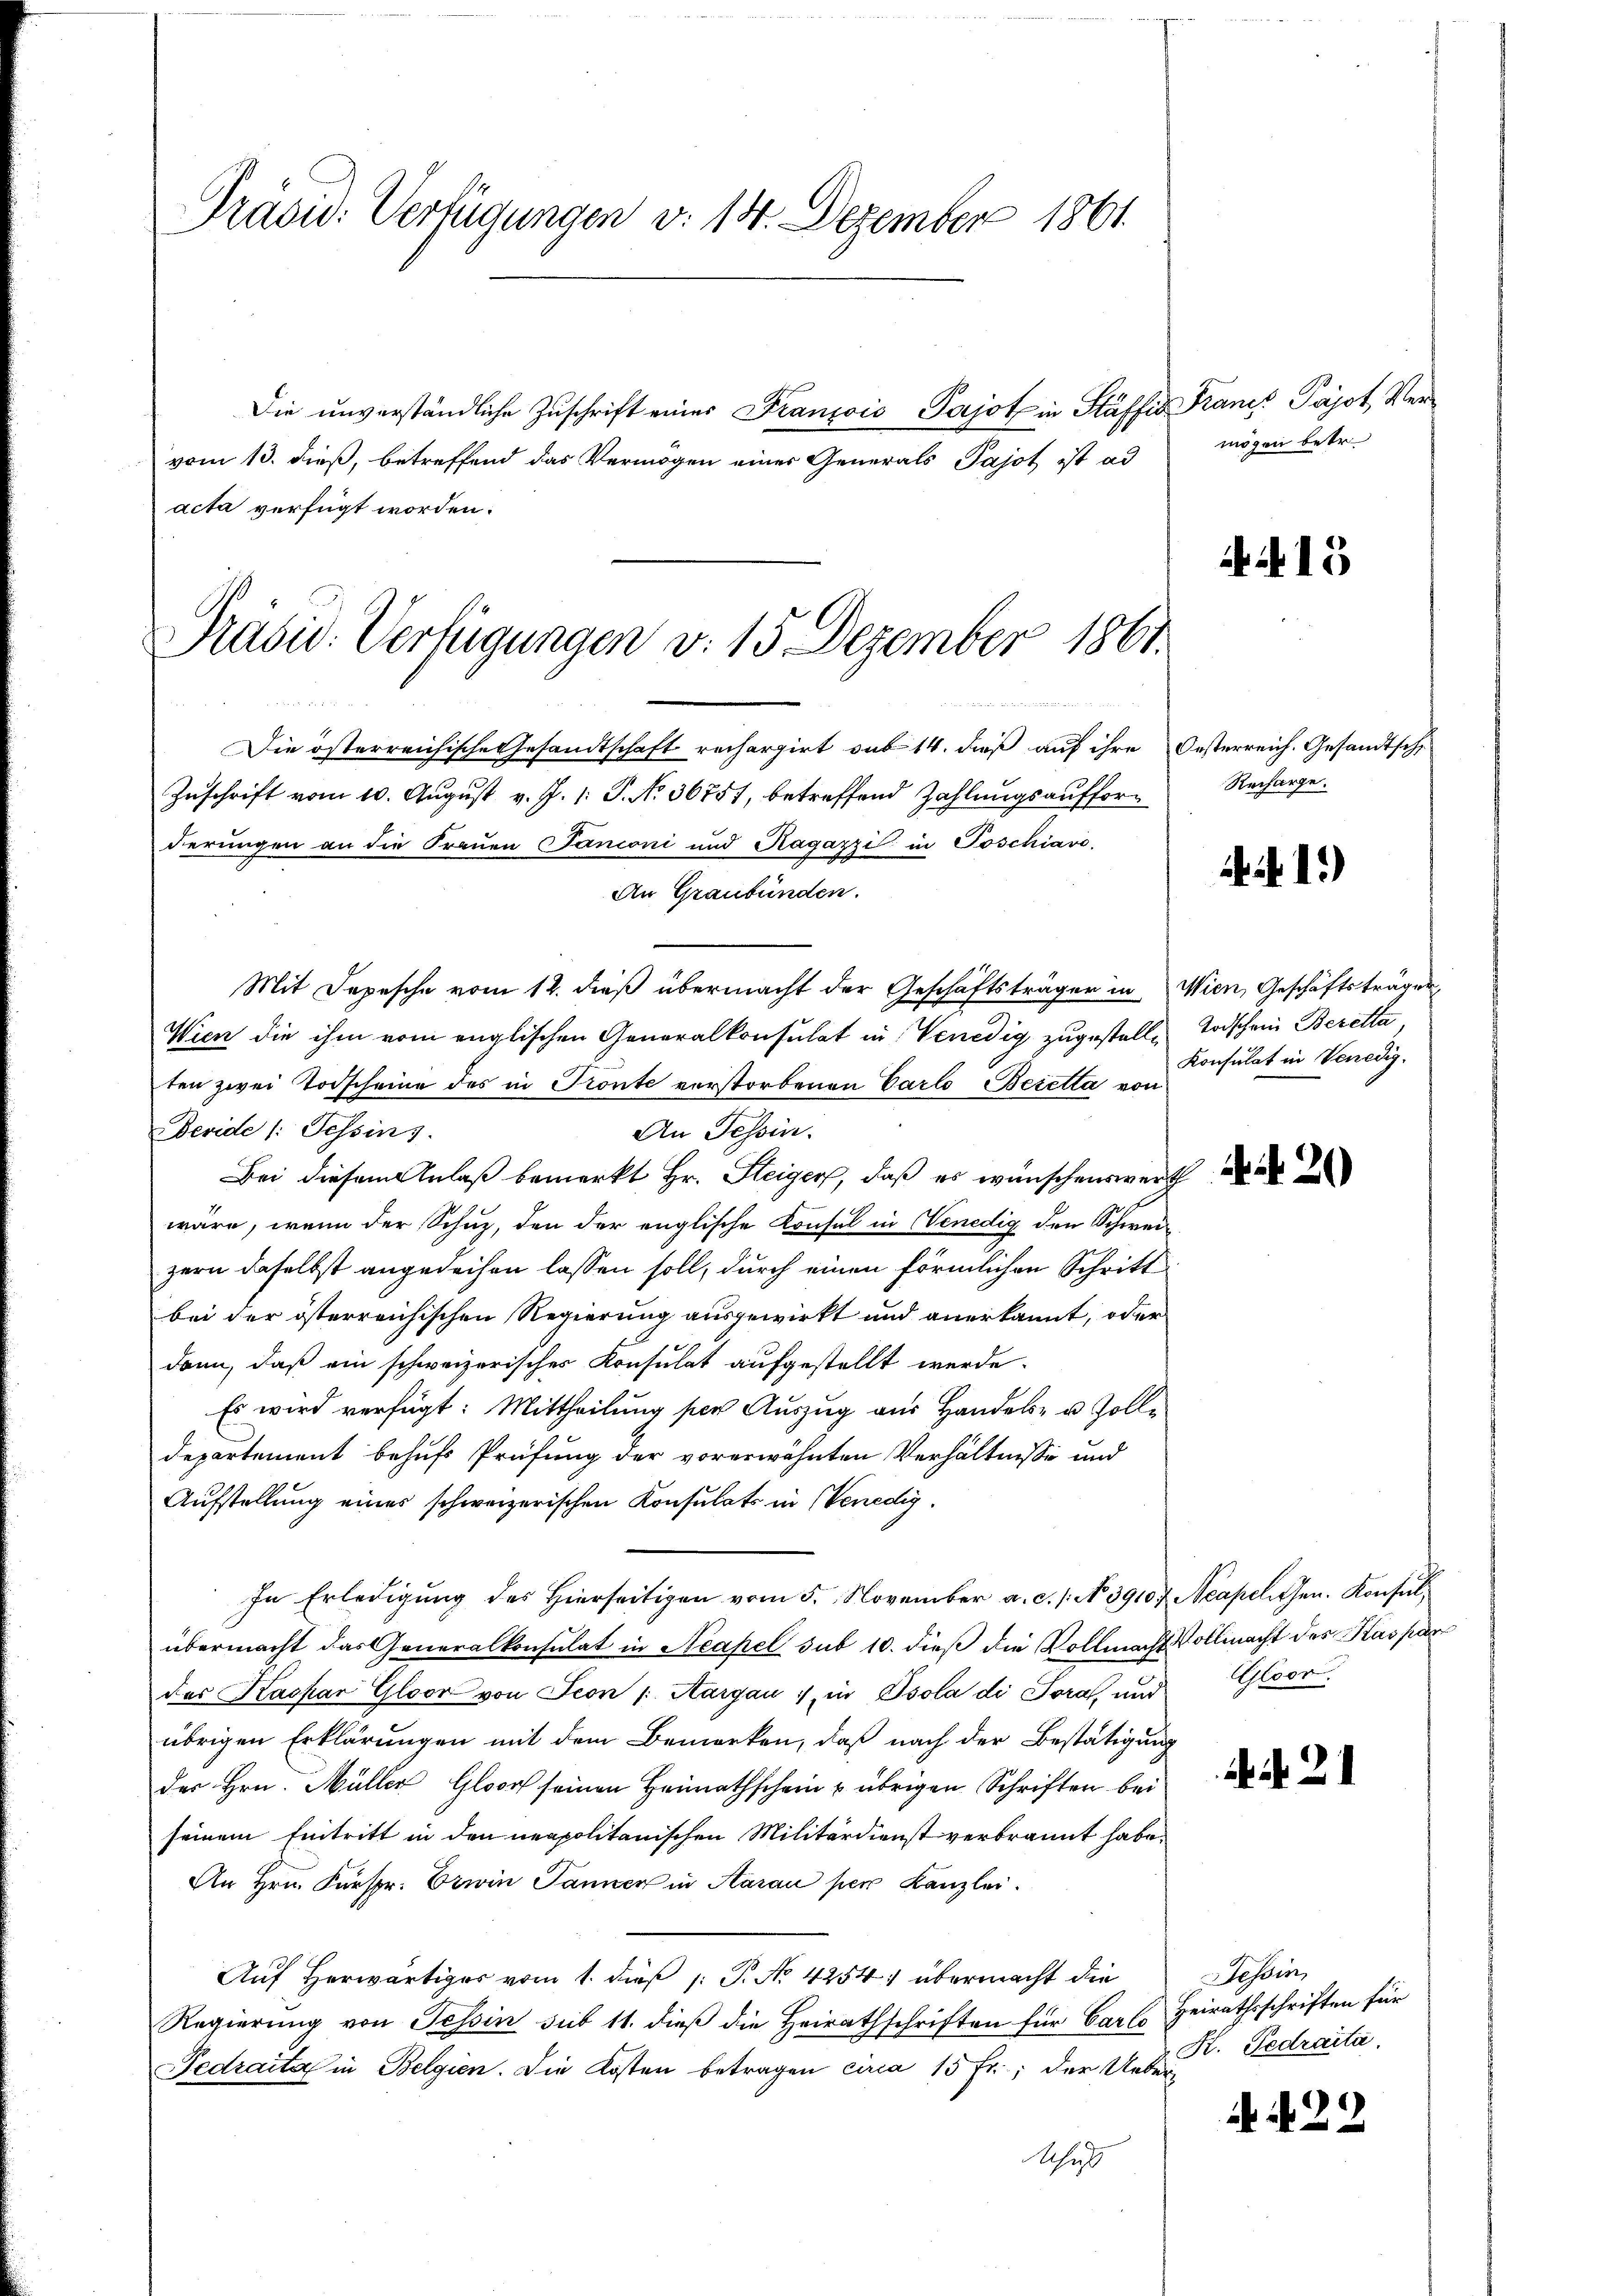
Präsu: Verfügungen v. 18. Dezember 1861

Die unverständliche Zuschrift einer Franzoio Pajot in Stäffis Francs Papst, Vervom 13. dieß, betreffend das Vermögen einer Generals Pajot ist ad
acta verfügt worden.

Prasis. Verfügungen v. 15 Dezember 1861.
e

Die österreichische Gesandtschaft rechargirt sub 14. dieß auf ihre
Zuschrift vom 10. August v. J. 1: P. No. 36751, betreffend Zahlungsaufforderungen an die Frauen Janconi und Ragazzi in Poschiavo,
An Graubünden.
Mit Depesche vom 12. dieß übermacht der Geschäftsträger in
Wien die ihm vom englischen Generalkonsulat in Venedig zugestelle Todschein Beretta
ten zwei Todscheine des in Trönte verstorbenen Carlo Beretta von
Devide /: Tessins
An Tessin.
Bei diesem Anlaß bemerkt Hr. Steiger, daß es wünschenswerth
wäre, wenn der Schuz, den der englische Konsul in Venedig den Schweizern daselbst angedeihen lassen soll, durch einen förmlichen Schritt
bei der österreichischen Regierung ausgewirkt und anerkannt, oder
dann, daß ein schweizerisches Konsulat aufgestellt werde.
Es wird verfügt: Mittheilung per Auszug aus Handels- u. Zolle
Departement behufs Prüfung der vorerwähnten Verhältnisse und
Aufstellung eines schweizerischen Konsulats in Venedig¬
In Erledigung des Hierseitigen vom 5. November a. c. 1. No. 39107 Aeapel. Gen. Konsulübermacht das Generalkonsulat in Neapel sub 10. dieß die Vollmacht Vollmacht des Kaspar
des Kaspar Gloor von Seon /: Aargau :/ in Psola di Pora, und Gloor
übrigen Erklärungen mit dem Bemerken, daß nach der Bestätigung
der Hrn. Müller Gloorf seinen Heimathschein & übrigen Schriften bei
seinem Eintritt in den neapolitanischen Militärdienst verbrannt habe.
An Hrn. Fürspr. Erwin Jannen in Aarau per Kanzlei.
Auf Herwärtiges vom 1. dieß P. No. 4254; übermacht die
Regierung von Tessin sub 11. dieß die Heirathschriften für Carlo
Fedraital in Belgien. Die Kosten betragen circa 15 fr.; der Ueber¬
Aehnl

mögen betr.

4413

Oesterreich. Gesandtsch,
Recharge.

1.)

Wien, Geschäftsträgen,
Konsulat in Venedig.

20

N. 21

Tessin,
Heirathsschriften für
H. Pedraità.

N. N. 22